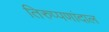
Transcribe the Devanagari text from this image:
तिरुप्पणांदाल